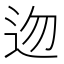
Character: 𨑥